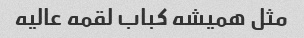
مثل همیشه کباب لقمه عالیه